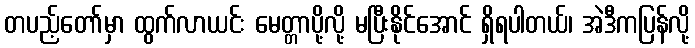
တပည့်တော်မှာ ထွက်လာယင်း မေတ္တာပို့လို့ မပြီးနိုင်အောင် ရှိရပါတယ်၊ အဲဒီကပြန်လို့